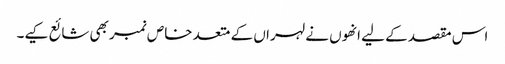
اس مقصد کے لیے انھوں نے لہراں کے متعد خاص نمبر بھی شائع کیے۔